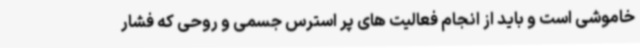
خاموشی است و باید از انجام فعالیت های پر استرس جسمی و روحی که فشار